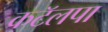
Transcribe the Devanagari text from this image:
कटॅलपा